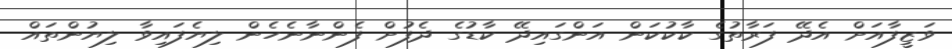
ވަޒީފާއަށް އެދޭ ފަރާތުގެ ކާކުކަން އަންގައިދޭ ކާޑުގެ ދެފުށް ފެންނާނެހެން ލިޔެފައިވާ ލިޔުންތައް